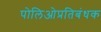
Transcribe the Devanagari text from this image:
पोलिओप्रतिबंधक